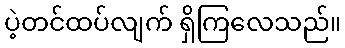
ပဲ့တင်ထပ်လျက် ရှိကြလေသည်။